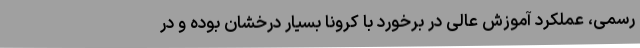
رسمی، عملکرد آموزش عالی در برخورد با کرونا بسیار درخشان بوده و در